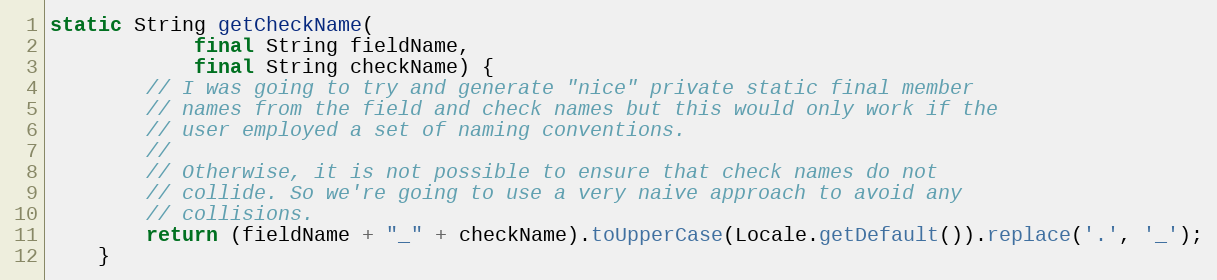
Language: Java
static String getCheckName(
            final String fieldName,
            final String checkName) {
        // I was going to try and generate "nice" private static final member
        // names from the field and check names but this would only work if the
        // user employed a set of naming conventions.
        //
        // Otherwise, it is not possible to ensure that check names do not
        // collide. So we're going to use a very naive approach to avoid any
        // collisions.
        return (fieldName + "_" + checkName).toUpperCase(Locale.getDefault()).replace('.', '_');
    }